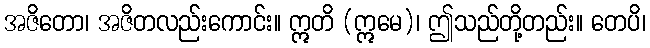
အဇိတော၊ အဇိတလည်းကောင်း။ ဣတိ (ဣမေ)၊ ဤသည်တို့တည်း။ တေပိ၊